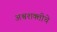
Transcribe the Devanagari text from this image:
अश्वशक्तीचे